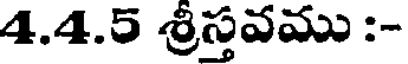
4.4.5 శ్రీస్తవము :-